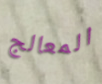
المعالج